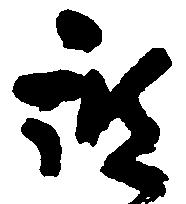
被